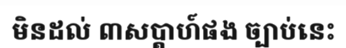
មិនដល់ ៣សប្តាហ៍ផង ច្បាប់នេះ